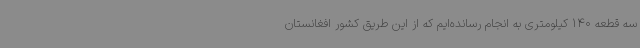
سه قطعه 140 کیلومتری به انجام رسانده‌ایم که از این طریق کشور افغانستان